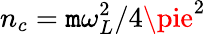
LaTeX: n_{c}=\mathtt{m}\omega_{L}^{2}/4\pie^{2}